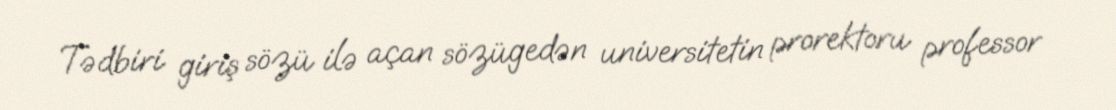
Tədbiri giriş sözü ilə açan sözügedən universitetin prorektoru professor